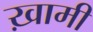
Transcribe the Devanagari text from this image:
ख़ामी